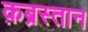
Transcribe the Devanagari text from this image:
क़ब्रस्तान